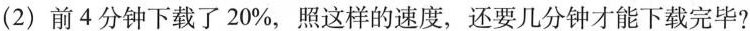
(2)前4分钟下载了20\%，照这样的速度，还要几分钟才能下载完毕?